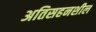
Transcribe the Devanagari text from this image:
अतिसहनशील